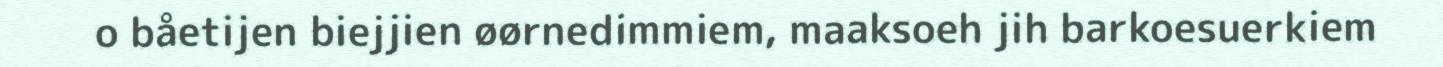
o båetijen biejjien øørnedimmiem, maaksoeh jih barkoesuerkiem